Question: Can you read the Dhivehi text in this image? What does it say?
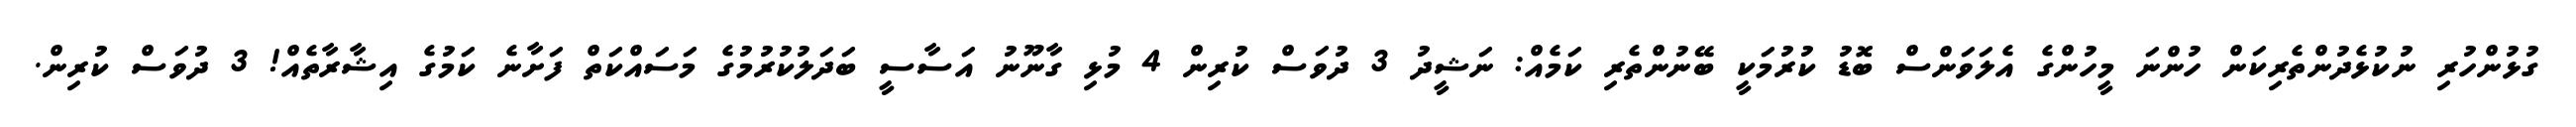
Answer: ގުޅުންހުރި ނުކުޅެދުންތެރިކަން ހުންނަ މީހުންގެ އެލަވަންސް ބޮޑު ކުރުމަކީ ބޭނުންތެރި ކަމެއް: ނަޝީދު 3 ދުވަސް ކުރިން 4 މުޅި ގާނޫނު އަސާސީ ބަދަލުކުރުމުގެ މަސައްކަތް ފަށާނެ ކަމުގެ އިޝާރާތެއް! 3 ދުވަސް ކުރިން.